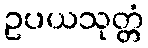
ဥပယသုတ္တံ